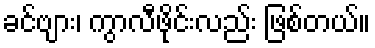
ခင်ဗျား၊ ကွာလီဖိုင်းလည်း ဖြစ်တယ်။